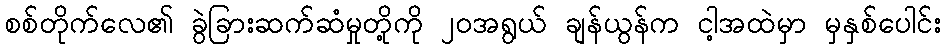
စစ်တိုက်လေ၏ ခွဲခြားဆက်ဆံမှုတို့ကို ၂၀အရွယ် ချန်ယွန်က ငါ့အထဲမှာ မှနှစ်ပေါင်း